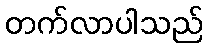
တက်လာပါသည်